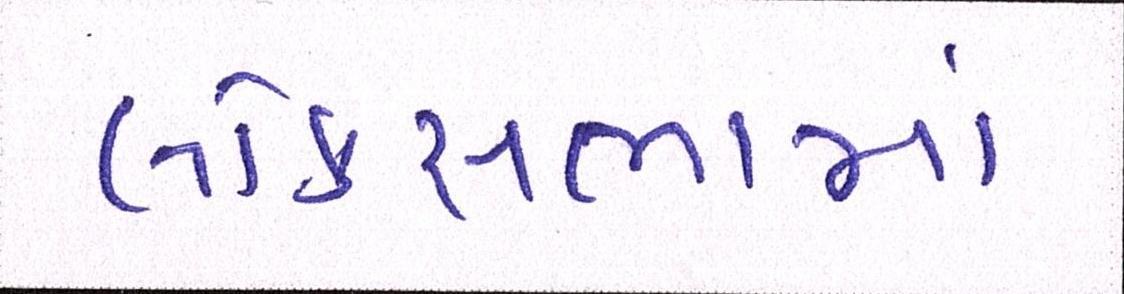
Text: લોકસભામાં